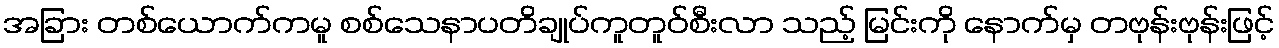
အခြား တစ်ယောက်ကမူ စစ်သေနာပတိချုပ်ကူတူဝ်စီးလာ သည့် မြင်းကို နောက်မှ တဗုန်းဗုန်းဖြင့်